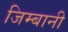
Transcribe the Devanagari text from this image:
जिम्बानी